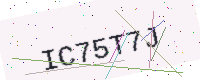
Text: IC75T7J